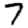
Digit: 7